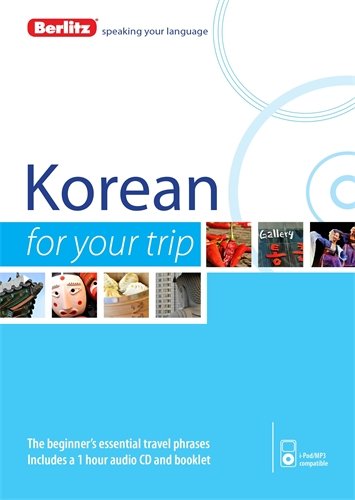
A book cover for Berlitz Korean For Your Trip (Korean Edition); Berlitz Publishing; Travel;